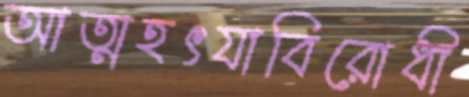
আত্মহৎযাবিরোধী